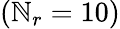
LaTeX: (\mathbb{N}_{r}=10)